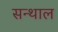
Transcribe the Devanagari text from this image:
सन्थाल